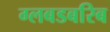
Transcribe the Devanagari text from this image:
ग्लबडबरिब